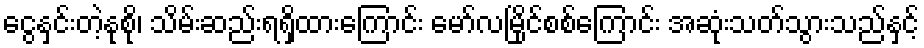
ငွေနှင်းတဲ့နုစို၊ သိမ်းဆည်းရရှိထားကြောင်း မော်လမြိုင်စစ်ကြောင်း အဆုံးသတ်သွားသည်နှင့်